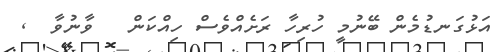
އަޅުގަނޑުމެން ބޭނުމީ ހުރިހާ ރަށެއްވެސް ހިއްކަން   ވާނުވާ